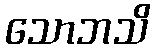
သောဘသိ